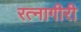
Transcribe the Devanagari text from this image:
रत्नागीरी